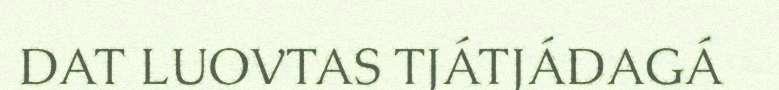
DAT LUOVTAS TJÁTJÁDAGÁ